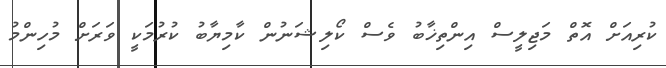
ކުރިއަށް އޮތް މަޖިލީސް އިންތިޚާބު ވެސް ކޯލިޝަނުން ކާމިޔާބު ކުރުމަކީ ވަރަށް މުހިންމު